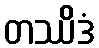
တဿိဒံ